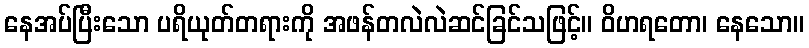
နေအပ်ပြီးသော ပရိယုတ်တရားကို အဖန်တလဲလဲဆင်ခြင်သဖြင့်။ ဝိဟရတော၊ နေသော။